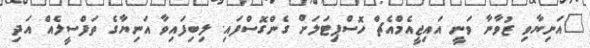
"އަނިޔާވި ޒުވާނާ ވަނީ އައިޖީއެމްއެޗް ހޮސްޕިޓަލަށް ގެންގޮސްފައި. ލިބިފައިވާ އަނިޔާގެ ތަފްސީލެއް އަދި